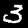
Label: 3